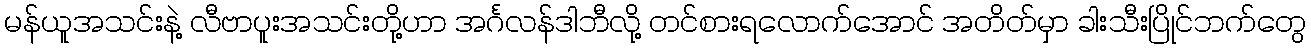
မန်ယူအသင်းနဲ့ လီဗာပူးအသင်းတို့ဟာ အင်္ဂလန်ဒါဘီလို့ တင်စားရလောက်အောင် အတိတ်မှာ ခါးသီးပြိုင်ဘက်တွေ